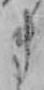
き